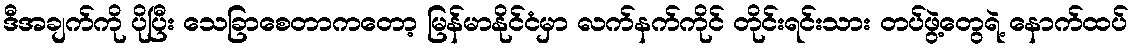
ဒီအချက်ကို ပိုပြီး သေခြာစေတာကတော့ မြန်မာနိုင်ငံမှာ လက်နက်ကိုင် တိုင်းရင်းသား တပ်ဖွဲ့တွေရဲ့ နောက်ထပ်